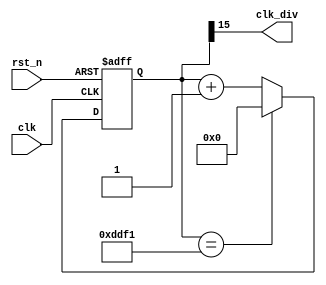
module div(
    clk,
    rst_n,
    clk_div
);
    input clk,rst_n;
    output clk_div;

    reg [15:0] counter;

always @(posedge clk or negedge rst_n)
    if(!rst_n)
        counter <= 0;
    else if(counter==56817)
        counter <= 0;
    else
        counter <= counter+1;

assign clk_div = counter[15];
endmodule